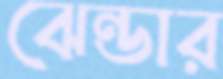
ঝেন্ডার